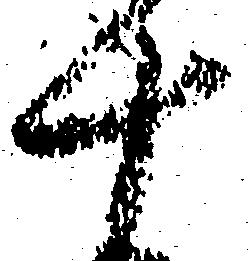
十